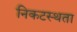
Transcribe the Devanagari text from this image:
निकटस्थता